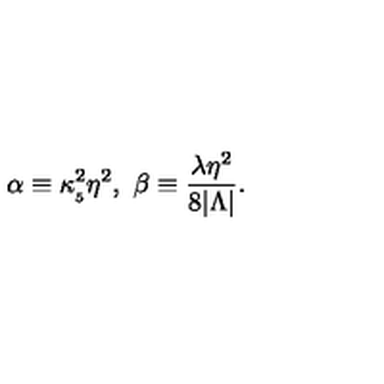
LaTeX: \alpha \equiv \kappa _ { _ 5 } ^ { 2 } \eta ^ { 2 } , \ \beta \equiv \frac { \lambda \eta ^ { 2 } } { 8 | \Lambda | } .